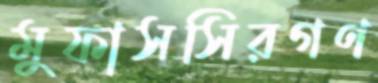
মুফাসসিরগণ